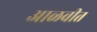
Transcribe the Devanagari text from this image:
आळवीत